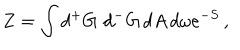
Z = \int d { ^ + G } \, \, d { ^ - G } \, d A \, d \omega e ^ { - S } \, ,